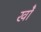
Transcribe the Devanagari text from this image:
खोें